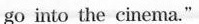
go into the cinema."